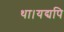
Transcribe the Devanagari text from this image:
था।यद्यपि